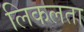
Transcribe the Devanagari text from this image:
लिकलता